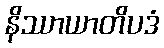
နိဿာယာတိပဒံ